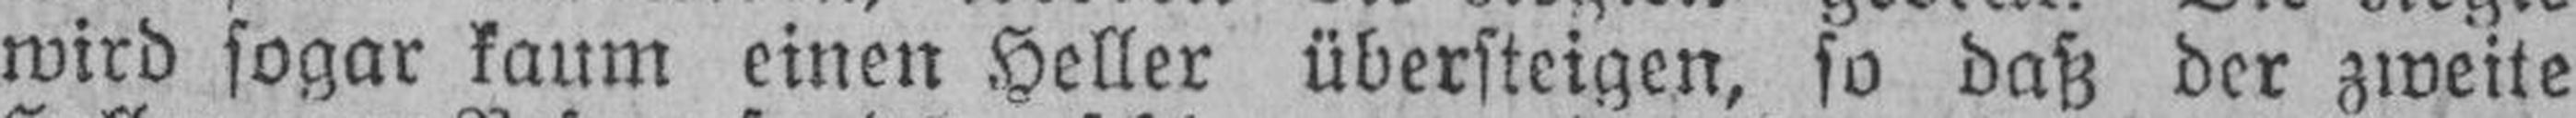
wird sogar kaum einen Heller übersteigen, so daß der zweite